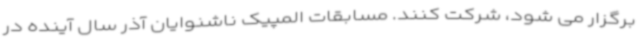
برگزار می شود، شرکت کنند. مسابقات المپیک ناشنوایان آذر سال آینده در